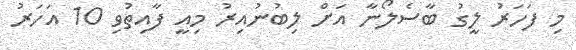
މި ފަހަރު ލީގު ބާސެލޯނާ އަށް ލިބުނުއިރު މިއީ ފާއިތުވި 10 އަހަރު